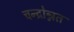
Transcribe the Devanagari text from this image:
चन्द्रोन्नत